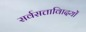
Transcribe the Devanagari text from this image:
सर्वसत्तावािदयों